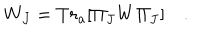
W _ { J } = T r _ { a } [ \Pi _ { J } W \Pi _ { J } ] \quad .